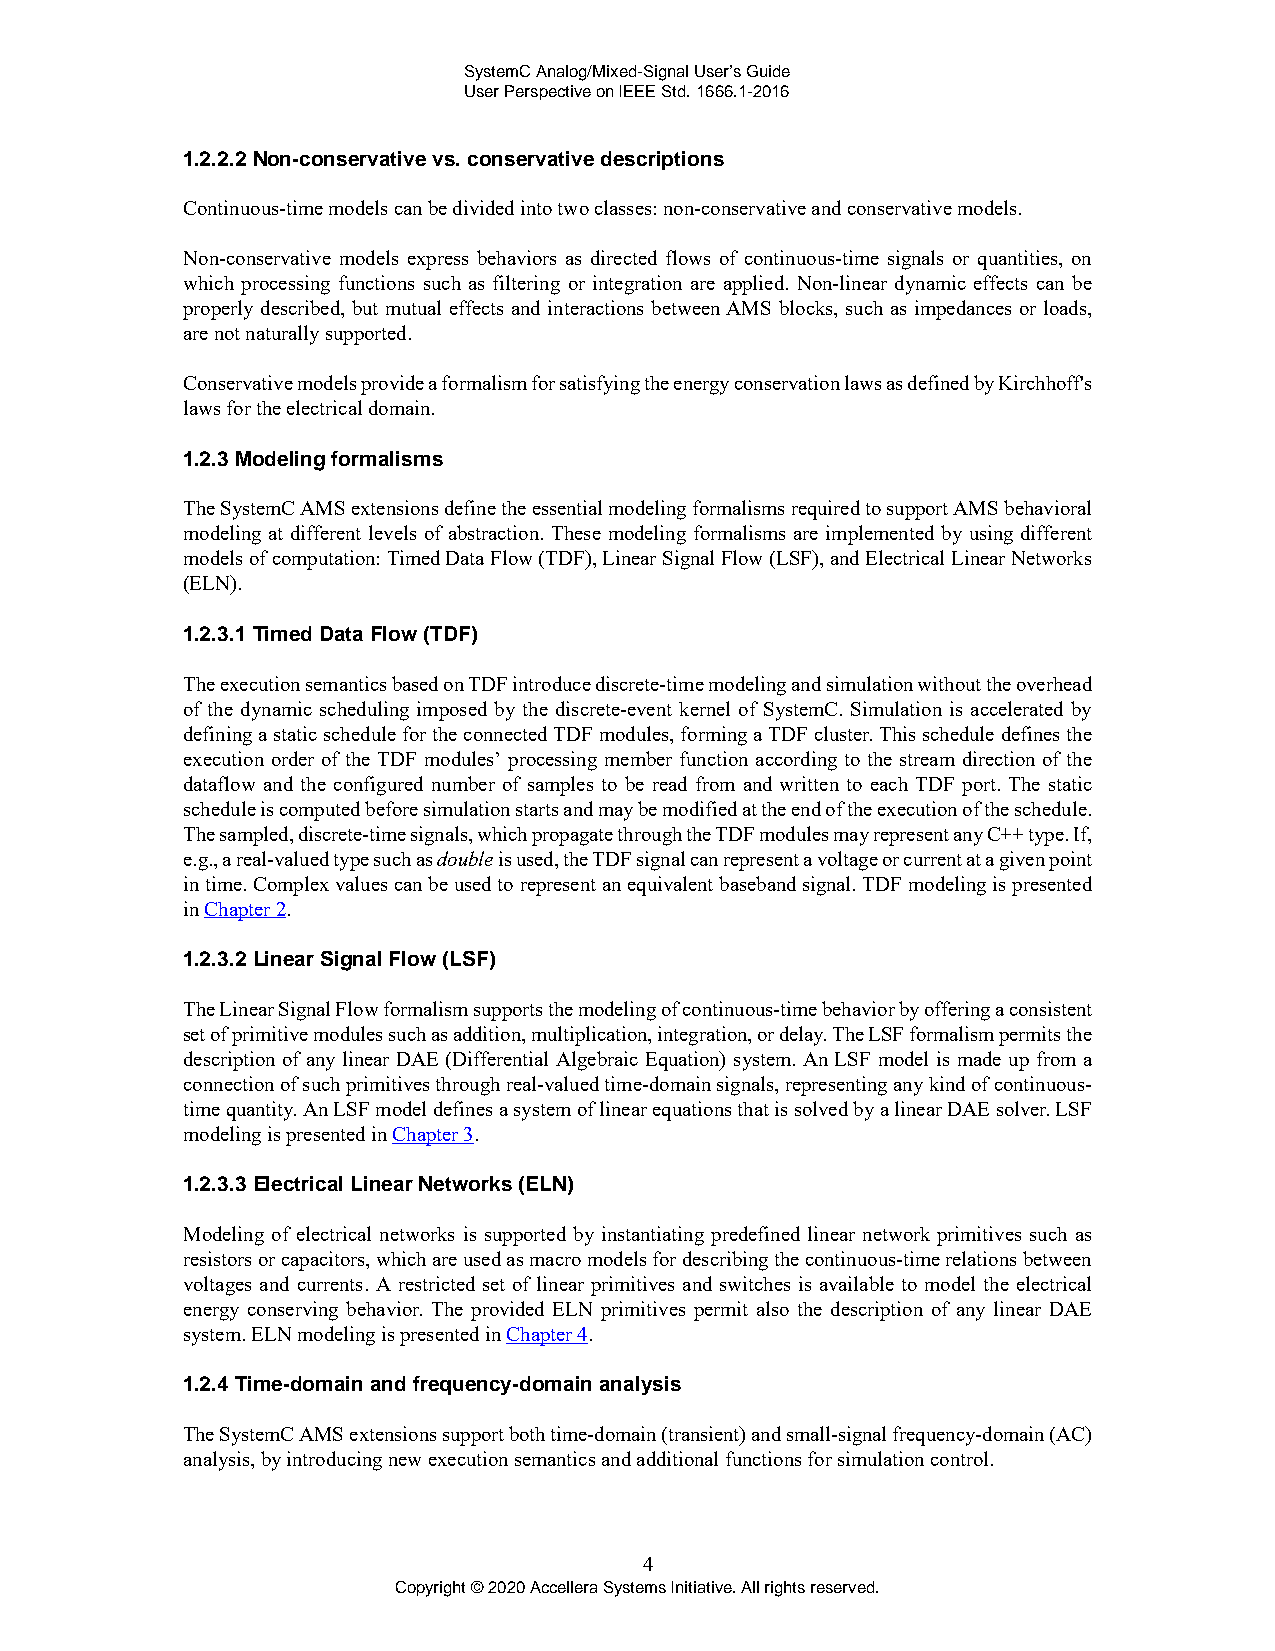
SystemC Analog/Mixed-Signal User’s Guide
 User Perspective on IEEE Std. 1666.1-2016
 1.2.2.2 Non-conservative vs. conservative descriptions
 Continuous-time models can be divided into two classes: non-conservative and conservative models.
 Non-conservative models express behaviors as directed flows of continuous-time signals or quantities, on
 which processing functions such as filtering or integration are applied. Non-linear dynamic effects can be
 properly described, but mutual effects and interactions between AMS blocks, such as impedances or loads,
 are not naturally supported.
 Conservative models provide a formalism for satisfying the energy conservation laws as defined by Kirchhoff's
 laws for the electrical domain.
 1.2.3 Modeling formalisms
 The SystemC AMS extensions define the essential modeling formalisms required to support AMS behavioral
 modeling at different levels of abstraction. These modeling formalisms are implemented by using different
 models of computation: Timed Data Flow (TDF), Linear Signal Flow (LSF), and Electrical Linear Networks
 (ELN).
 1.2.3.1 Timed Data Flow (TDF)
 The execution semantics based on TDF introduce discrete-time modeling and simulation without the overhead
 of the dynamic scheduling imposed by the discrete-event kernel of SystemC. Simulation is accelerated by
 defining a static schedule for the connected TDF modules, forming a TDF cluster. This schedule defines the
 execution order of the TDF modules’ processing member function according to the stream direction of the
 dataflow and the configured number of samples to be read from and written to each TDF port. The static
 schedule is computed before simulation starts and may be modified at the end of the execution of the schedule.
 The sampled, discrete-time signals, which propagate through the TDF modules may represent any C++ type. If,
 e.g., a real-valued type such as double is used, the TDF signal can represent a voltage or current at a given point
 in time. Complex values can be used to represent an equivalent baseband signal. TDF modeling is presented
 in Chapter 2.
 1.2.3.2 Linear Signal Flow (LSF)
 The Linear Signal Flow formalism supports the modeling of continuous-time behavior by offering a consistent
 set of primitive modules such as addition, multiplication, integration, or delay. The LSF formalism permits the
 description of any linear DAE (Differential Algebraic Equation) system. An LSF model is made up from a
 connection of such primitives through real-valued time-domain signals, representing any kind of continuous-
 time quantity. An LSF model defines a system of linear equations that is solved by a linear DAE solver. LSF
 modeling is presented in Chapter 3.
 1.2.3.3 Electrical Linear Networks (ELN)
 Modeling of electrical networks is supported by instantiating predefined linear network primitives such as
 resistors or capacitors, which are used as macro models for describing the continuous-time relations between
 voltages and currents. A restricted set of linear primitives and switches is available to model the electrical
 energy conserving behavior. The provided ELN primitives permit also the description of any linear DAE
 system. ELN modeling is presented in Chapter 4.
 1.2.4 Time-domain and frequency-domain analysis
 The SystemC AMS extensions support both time-domain (transient) and small-signal frequency-domain (AC)
 analysis, by introducing new execution semantics and additional functions for simulation control.
 4
 Copyright © 2020 Accellera Systems Initiative. All rights reserved.